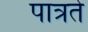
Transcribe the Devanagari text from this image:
पात्रते